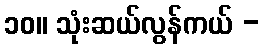
၁၀။ သုံးဆယ်လွန်ကယ် -